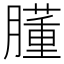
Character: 𦡦